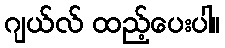
ဂျယ်လ် ထည့်ပေးပါ။